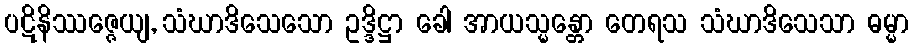
ပဋိနိဿဇ္ဇေယျ, သံဃာဒိသေသော ဥဒ္ဒိဋ္ဌာ ခေါ အာယသ္မန္တော တေရသ သံဃာဒိသေသာ ဓမ္မာ